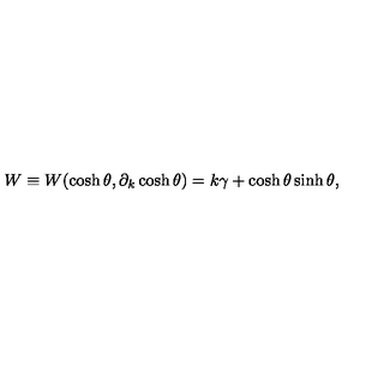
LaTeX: W \equiv W ( \cosh \theta , \partial _ { k } \cosh \theta ) = k \gamma + \cosh \theta \sinh \theta ,